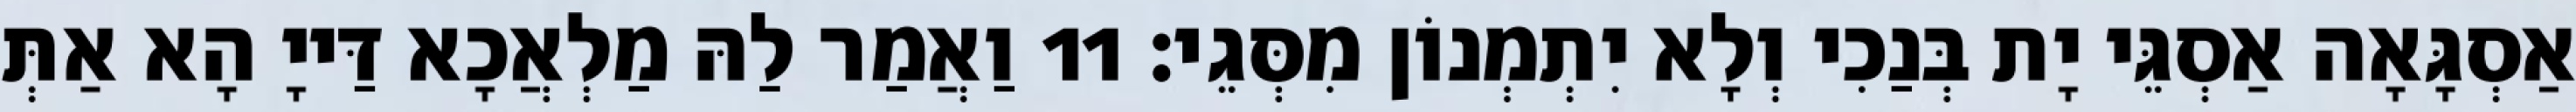
אַסְגָּאָה אַסְגֵּי יָת בְּנַכִי וְלָא יִתְמְנוֹן מִסְּגֵי׃ 11 וַאֲמַר לַהּ מַלְאֲכָא דַּייָ הָא אַתְּ